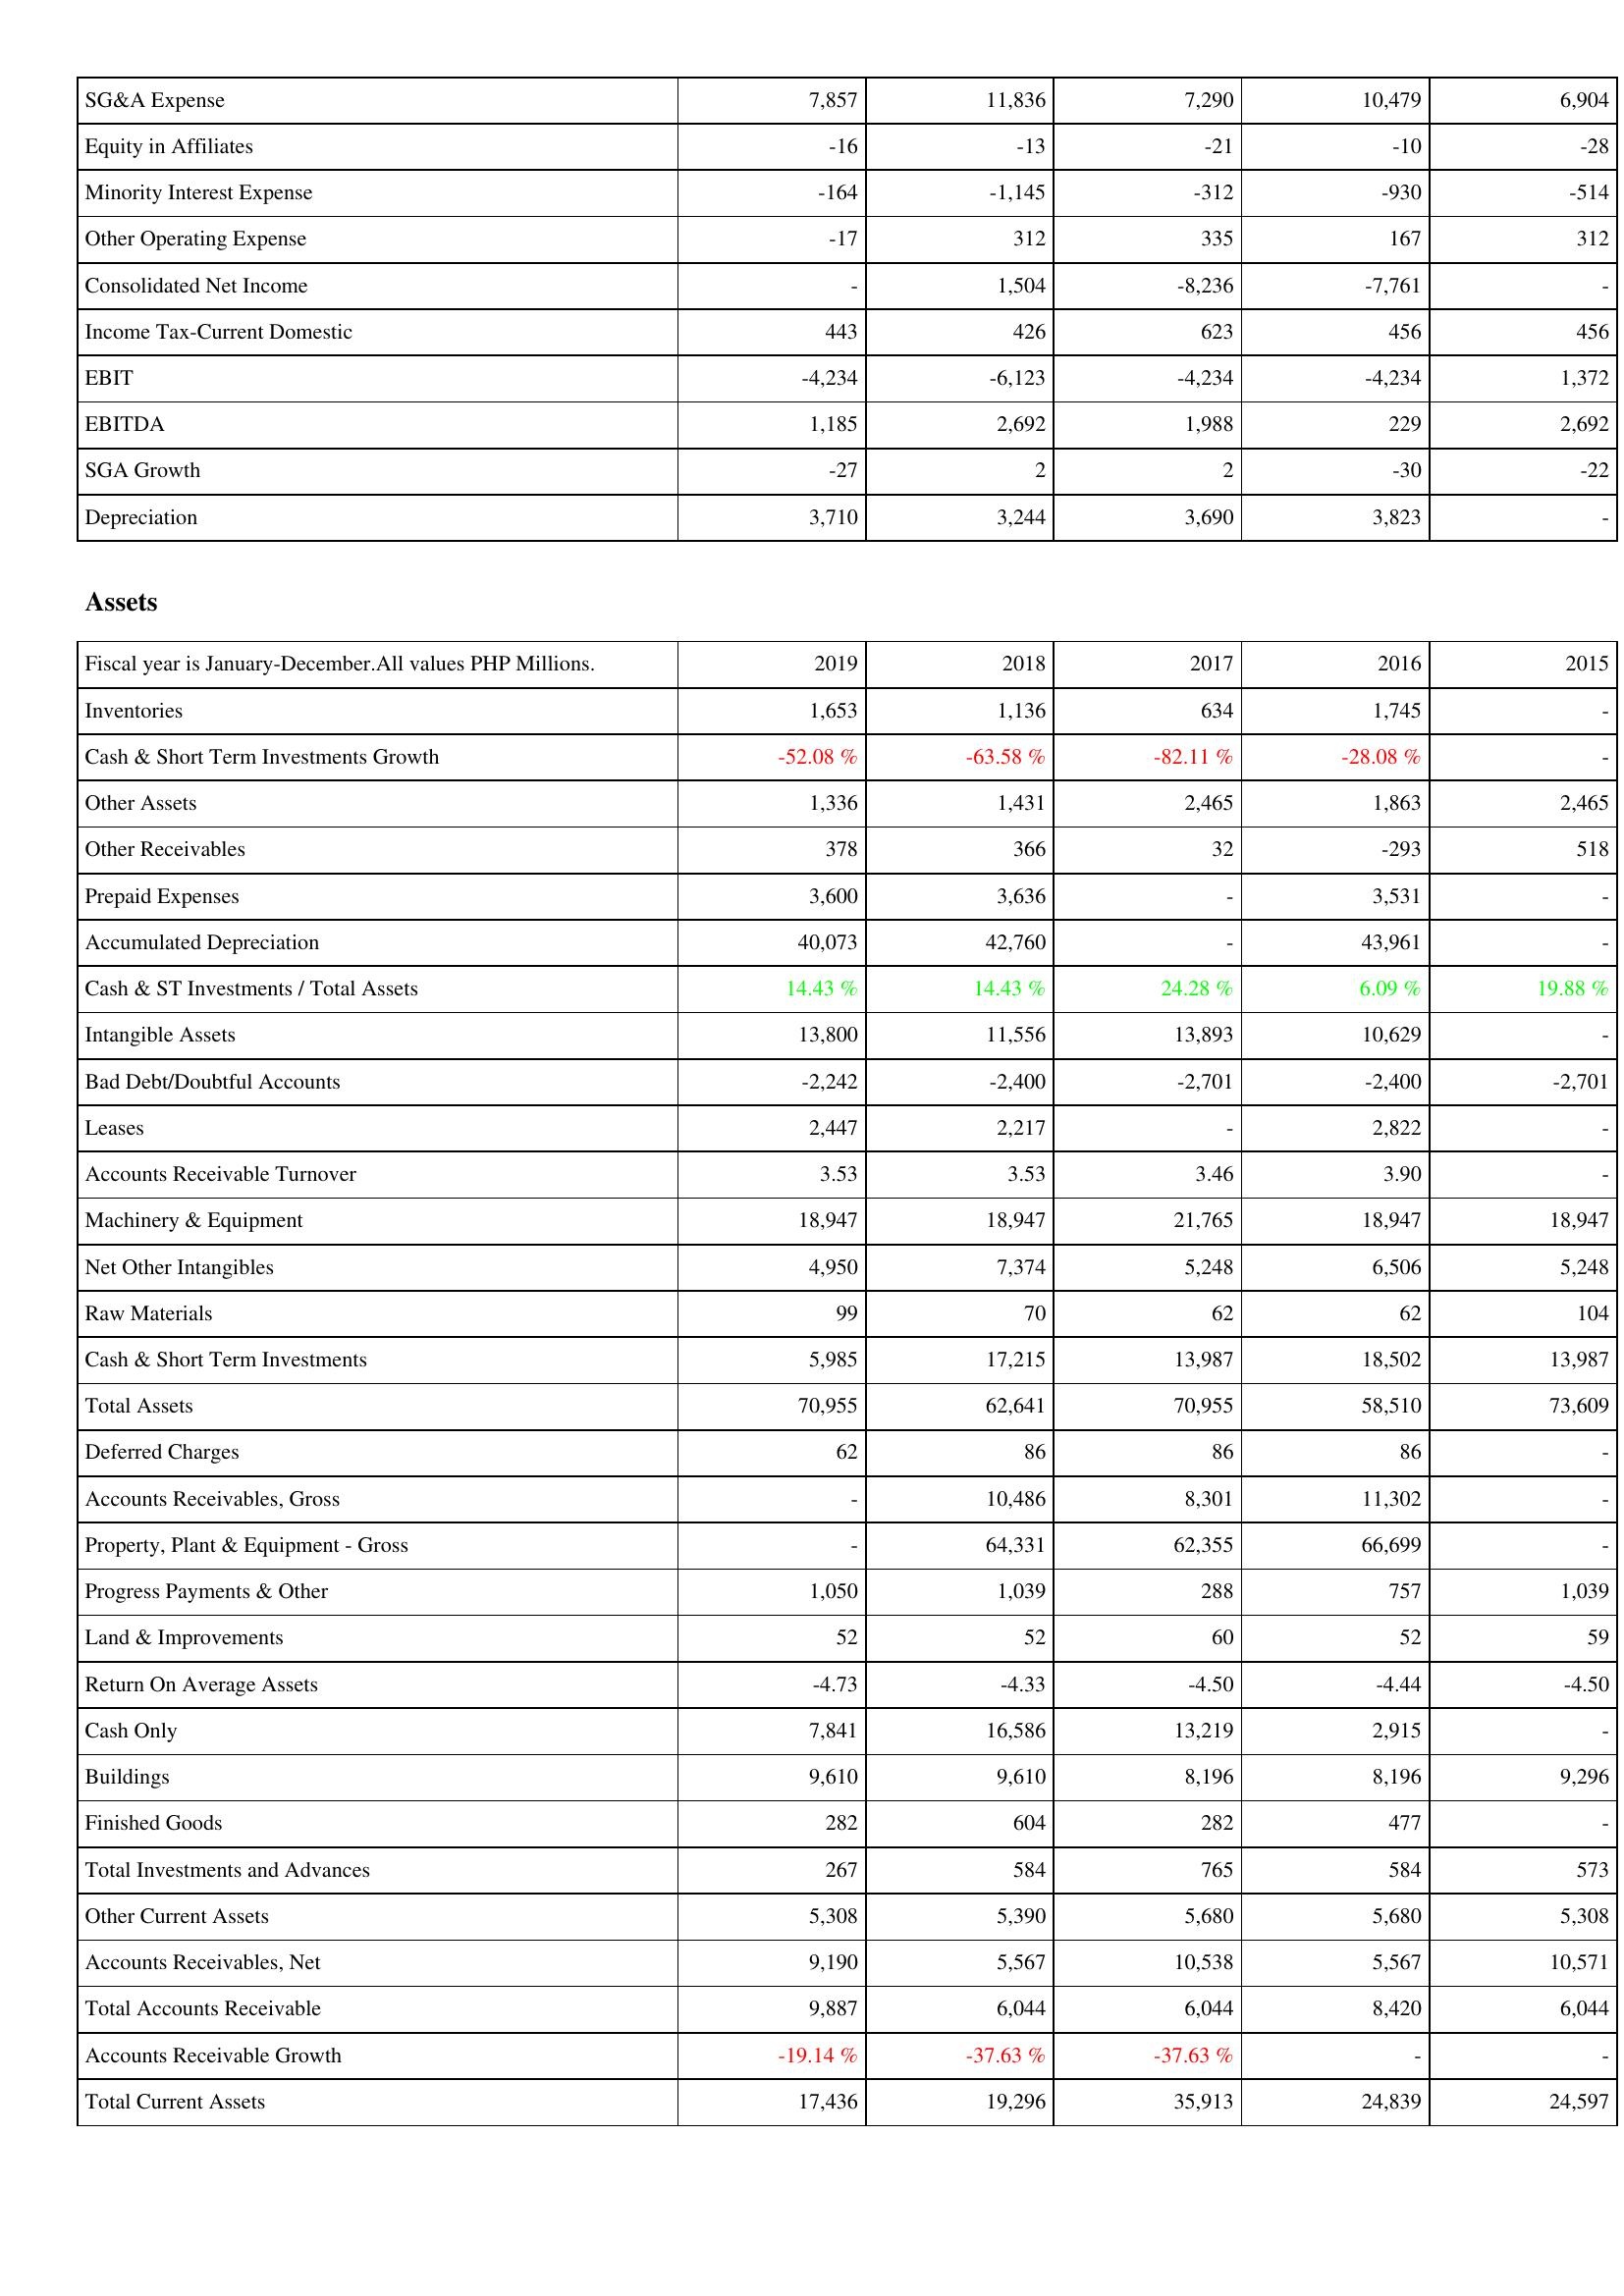
2019: Income Statement: SG&A Expense: 7,857
Equity in Affiliates: -16
Minority Interest Expense: -164
Other Operating Expense: -17
Consolidated Net Income: -
Income Tax-Current Domestic: 443
EBIT: -4,234
EBITDA: 1,185
SGA Growth: -27
Depreciation: 3,710
Assets: Inventories: 1,653
Cash & Short Term Investments Growth: -52.08 %
Other Assets: 1,336
Other Receivables: 378
Prepaid Expenses: 3,600
Accumulated Depreciation: 40,073
Cash & ST Investments / Total Assets: 14.43 %
Intangible Assets: 13,800
Bad Debt/Doubtful Accounts: -2,242
Leases: 2,447
Accounts Receivable Turnover: 3.53
Machinery & Equipment: 18,947
Net Other Intangibles: 4,950
Raw Materials: 99
Cash & Short Term Investments: 5,985
Total Assets: 70,955
Deferred Charges: 62
Accounts Receivables, Gross: -
Property, Plant & Equipment - Gross: -
Progress Payments & Other: 1,050
Land & Improvements: 52
Return On Average Assets: -4.73
Cash Only: 7,841
Buildings: 9,610
Finished Goods: 282
Total Investments and Advances: 267
Other Current Assets: 5,308
Accounts Receivables, Net: 9,190
Total Accounts Receivable: 9,887
Accounts Receivable Growth: -19.14 %
Total Current Assets: 17,436
2018: Income Statement: SG&A Expense: 11,836
Equity in Affiliates: -13
Minority Interest Expense: -1,145
Other Operating Expense: 312
Consolidated Net Income: 1,504
Income Tax-Current Domestic: 426
EBIT: -6,123
EBITDA: 2,692
SGA Growth: 2
Depreciation: 3,244
Assets: Inventories: 1,136
Cash & Short Term Investments Growth: -63.58 %
Other Assets: 1,431
Other Receivables: 366
Prepaid Expenses: 3,636
Accumulated Depreciation: 42,760
Cash & ST Investments / Total Assets: 14.43 %
Intangible Assets: 11,556
Bad Debt/Doubtful Accounts: -2,400
Leases: 2,217
Accounts Receivable Turnover: 3.53
Machinery & Equipment: 18,947
Net Other Intangibles: 7,374
Raw Materials: 70
Cash & Short Term Investments: 17,215
Total Assets: 62,641
Deferred Charges: 86
Accounts Receivables, Gross: 10,486
Property, Plant & Equipment - Gross: 64,331
Progress Payments & Other: 1,039
Land & Improvements: 52
Return On Average Assets: -4.33
Cash Only: 16,586
Buildings: 9,610
Finished Goods: 604
Total Investments and Advances: 584
Other Current Assets: 5,390
Accounts Receivables, Net: 5,567
Total Accounts Receivable: 6,044
Accounts Receivable Growth: -37.63 %
Total Current Assets: 19,296
2017: Income Statement: SG&A Expense: 7,290
Equity in Affiliates: -21
Minority Interest Expense: -312
Other Operating Expense: 335
Consolidated Net Income: -8,236
Income Tax-Current Domestic: 623
EBIT: -4,234
EBITDA: 1,988
SGA Growth: 2
Depreciation: 3,690
Assets: Inventories: 634
Cash & Short Term Investments Growth: -82.11 %
Other Assets: 2,465
Other Receivables: 32
Prepaid Expenses: -
Accumulated Depreciation: -
Cash & ST Investments / Total Assets: 24.28 %
Intangible Assets: 13,893
Bad Debt/Doubtful Accounts: -2,701
Leases: -
Accounts Receivable Turnover: 3.46
Machinery & Equipment: 21,765
Net Other Intangibles: 5,248
Raw Materials: 62
Cash & Short Term Investments: 13,987
Total Assets: 70,955
Deferred Charges: 86
Accounts Receivables, Gross: 8,301
Property, Plant & Equipment - Gross: 62,355
Progress Payments & Other: 288
Land & Improvements: 60
Return On Average Assets: -4.50
Cash Only: 13,219
Buildings: 8,196
Finished Goods: 282
Total Investments and Advances: 765
Other Current Assets: 5,680
Accounts Receivables, Net: 10,538
Total Accounts Receivable: 6,044
Accounts Receivable Growth: -37.63 %
Total Current Assets: 35,913
2016: Income Statement: SG&A Expense: 10,479
Equity in Affiliates: -10
Minority Interest Expense: -930
Other Operating Expense: 167
Consolidated Net Income: -7,761
Income Tax-Current Domestic: 456
EBIT: -4,234
EBITDA: 229
SGA Growth: -30
Depreciation: 3,823
Assets: Inventories: 1,745
Cash & Short Term Investments Growth: -28.08 %
Other Assets: 1,863
Other Receivables: -293
Prepaid Expenses: 3,531
Accumulated Depreciation: 43,961
Cash & ST Investments / Total Assets: 6.09 %
Intangible Assets: 10,629
Bad Debt/Doubtful Accounts: -2,400
Leases: 2,822
Accounts Receivable Turnover: 3.90
Machinery & Equipment: 18,947
Net Other Intangibles: 6,506
Raw Materials: 62
Cash & Short Term Investments: 18,502
Total Assets: 58,510
Deferred Charges: 86
Accounts Receivables, Gross: 11,302
Property, Plant & Equipment - Gross: 66,699
Progress Payments & Other: 757
Land & Improvements: 52
Return On Average Assets: -4.44
Cash Only: 2,915
Buildings: 8,196
Finished Goods: 477
Total Investments and Advances: 584
Other Current Assets: 5,680
Accounts Receivables, Net: 5,567
Total Accounts Receivable: 8,420
Accounts Receivable Growth: -
Total Current Assets: 24,839
2015: Income Statement: SG&A Expense: 6,904
Equity in Affiliates: -28
Minority Interest Expense: -514
Other Operating Expense: 312
Consolidated Net Income: -
Income Tax-Current Domestic: 456
EBIT: 1,372
EBITDA: 2,692
SGA Growth: -22
Depreciation: -
Assets: Inventories: -
Cash & Short Term Investments Growth: -
Other Assets: 2,465
Other Receivables: 518
Prepaid Expenses: -
Accumulated Depreciation: -
Cash & ST Investments / Total Assets: 19.88 %
Intangible Assets: -
Bad Debt/Doubtful Accounts: -2,701
Leases: -
Accounts Receivable Turnover: -
Machinery & Equipment: 18,947
Net Other Intangibles: 5,248
Raw Materials: 104
Cash & Short Term Investments: 13,987
Total Assets: 73,609
Deferred Charges: -
Accounts Receivables, Gross: -
Property, Plant & Equipment - Gross: -
Progress Payments & Other: 1,039
Land & Improvements: 59
Return On Average Assets: -4.50
Cash Only: -
Buildings: 9,296
Finished Goods: -
Total Investments and Advances: 573
Other Current Assets: 5,308
Accounts Receivables, Net: 10,571
Total Accounts Receivable: 6,044
Accounts Receivable Growth: -
Total Current Assets: 24,597